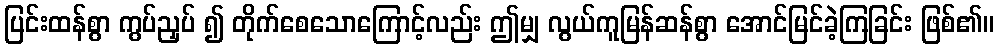
ပြင်းထန်စွာ ကွပ်ညှပ် ၍ တိုက်စေသောကြောင့်လည်း ဤမျှ လွယ်ကူမြန်ဆန်စွာ အောင်မြင်ခဲ့ကြခြင်း ဖြစ်၏။